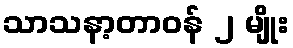
သာသနာ့တာဝန် ၂ မျိုး